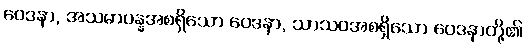
ဝေဒနာ, အသမာပန္နအစရှိသော ဝေဒနာ, သာသဝအစရှိသော ဝေဒနာတို့၏